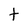
Character: t